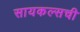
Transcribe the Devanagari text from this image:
सायकल्सची